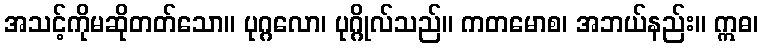
အသင့်ကိုမဆိုတတ်သော။ ပုဂ္ဂလော၊ ပုဂ္ဂိုလ်သည်။ ကတမောစ၊ အဘယ်နည်း။ ဣဓ၊